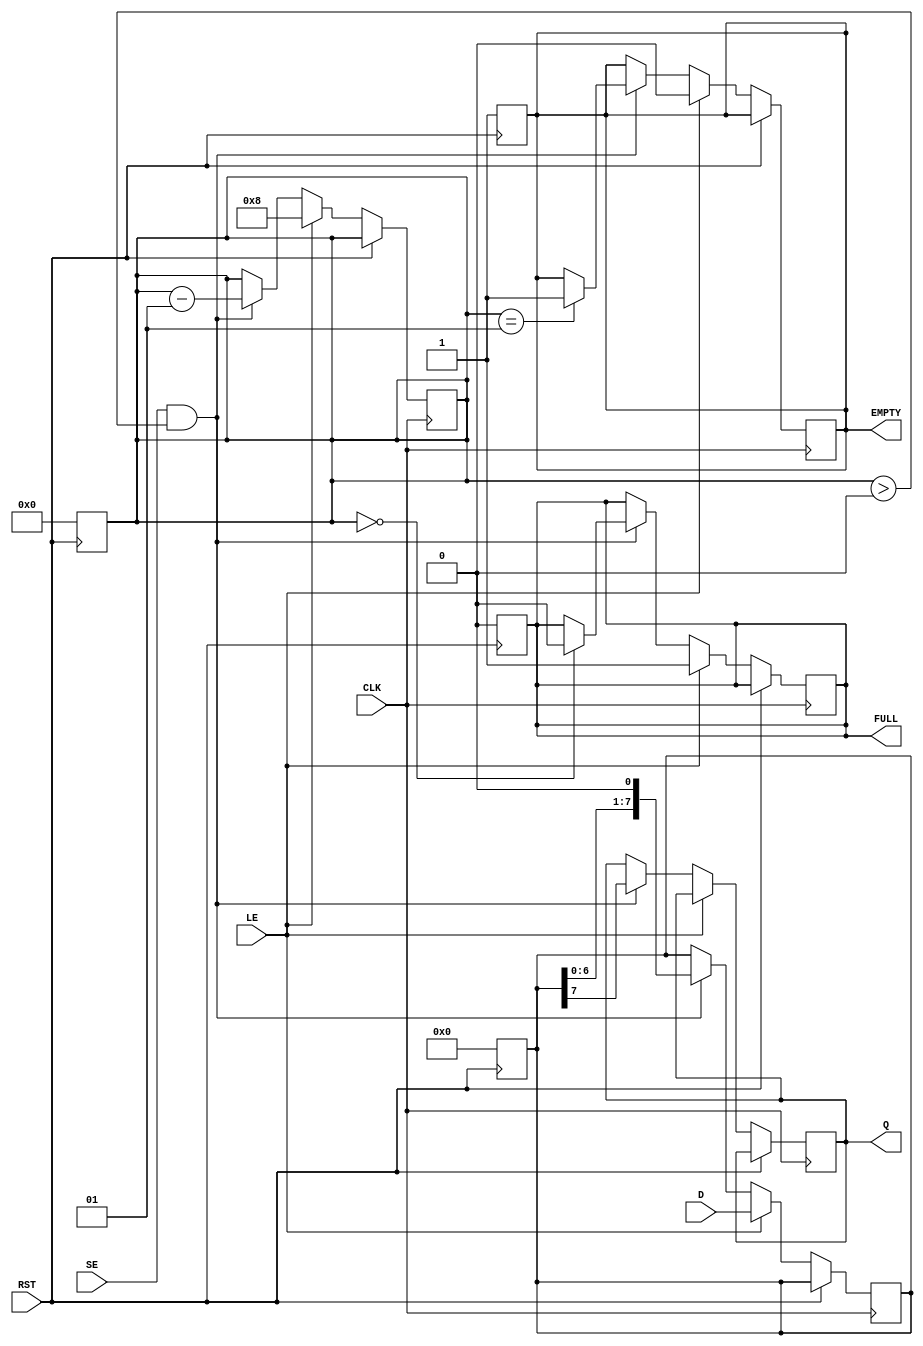
module PISO_Register #(
    parameter n = 8  // Configurable width of the register (e.g. 8 bits)
) (
    input  wire [n-1:0] D,         // Parallel Data Input
    input  wire LE,                 // Load Enable
    input  wire SE,                 // Shift Enable
    input  wire CLK,                // Clock
    input  wire RST,                // Reset
    output reg  Q,                  // Serial Output
    output reg  FULL,               // Full Flag
    output reg  EMPTY               // Empty Flag
);

    reg [n-1:0] register;           // Internal register for storing data
    integer count;                  // Counter for keeping track of the number of bits shifted out

    // Asynchronous Reset
    always @(posedge RST) begin
        register <= 0;
        FULL <= 0;
        EMPTY <= 1;
        count <= 0;
    end

    // Main operation on clock edge
    always @(posedge CLK) begin
        if (RST) begin
            // Already reset, ignore
        end else begin
            // Loading Data
            if (LE) begin
                register <= D;        // Load the data in parallel
                FULL <= 1;           // Register now contains data
                EMPTY <= 0;          // Register is not empty
                count <= n;          // Ready to shift out n bits
            end
            // Shifting Data
            else if (SE && (count > 0)) begin
                Q <= register[n-1];  // Shift out the MSB
                register <= {register[n-2:0], 1'b0}; // Shift right, LSB filled with 0
                count <= count - 1;  // Decrement count
                if (count == 1) begin
                    EMPTY <= 1;      // No more data left to shift
                end
                if (count == 0) begin
                    FULL <= 0;       // Register is empty after last bit shifted
                end
            end
        end
    end

endmodule